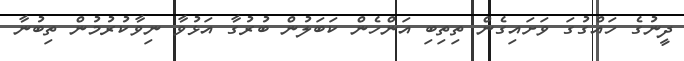
ދީނުގެ ހައްގުގަ ވަށައިގެން ތިތިބި އަންހެން ކަބަލުން ބުރުގާ އަޅުވާ ނިވާކުރުމުން ތިބުނާ